Senior Leaving Certificate Examination (including Day School Certificate (Higher) General paper), 1950
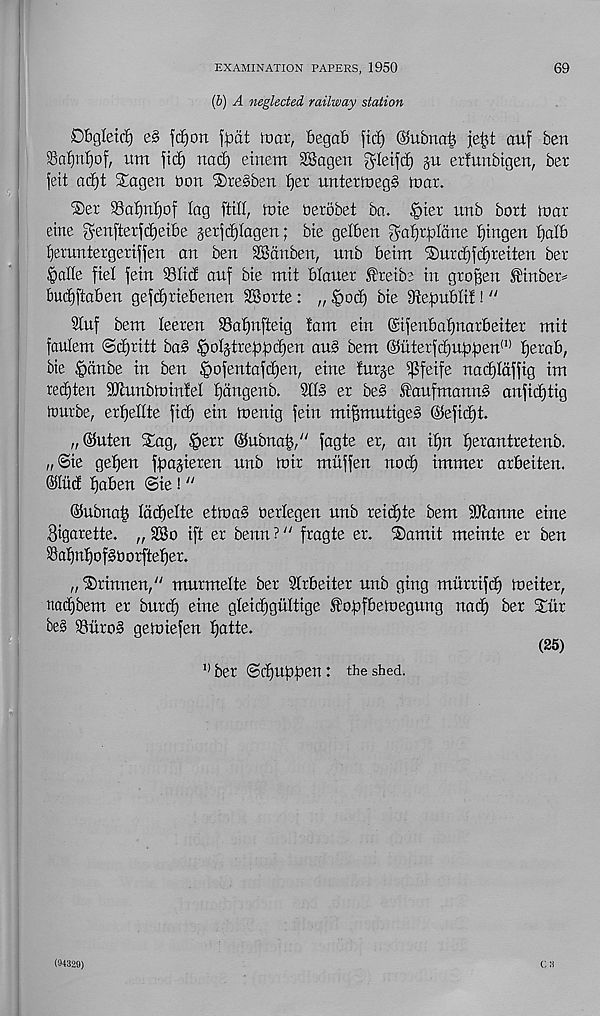
EXAMINATION PAPERS, 1950
69
(b) A neglected railway station
£)bgleid)
fd£)on f|Ddt mar, Begab fief) dfubna| je^t auf ben
S5af)nf)of, um fid) nad) einem SSagen gfeifcf) gu erfunbigen, ber
feit ad)t Sagen Don iSre^ben ffer untermeg^ mar.
®er $8af)nf)of lag fftf, mie Oerobet ba. |)ier unb bort mar
eine ^enfterfdjeibe §erfd)Iagen; bie gefben gafjrpldne fjtugen balb
fjeruntergeriffen an ben SScinben, unb beim ®urd)fd)reiten ber
§alfe fief fein SSfid auf bie mit bfauer £reibe in graven ^inber^
buc^ffaben gefd)riebenen SSorte: „ §od) bie ^efDubfif! “
Sfuf bent feeren SSafjnfteig fam ein (Sifenbafjnarbeiter mit
faulent 8d)ritt ba§ §o%tref)pd)en au§ bent ©iiterfdfuppen' 11 fjerab,
bie |)dnbe in ben £>ofentafd)en, eine furje i^feife nacf)Idffig im
red)ten dJiunbminfel fjdngenb. 9ff§ er be§ ^aufmann^ anfidjtig
tuurbe, erfjelfte fid) ein menig fein mi^mutige^ ©efid^t.
„(3futen Slag, §err ©ubna^/' fagte er, an iffn f»erantretenb.
„ @ie gefjen fpa^ieren unb mir muffen nod) intmer arbeiten.
©liid ^aben <3ie! “
©ubnab fddjefte etmaS oerfegen unb reid)te bem Wanne eine
Cigarette. „ SSo ift er benn ? “ fragte er. Slamit meinte er ben
Safjnfjof^oorftefjer.
„'S5rinnen/ / murmefte ber Wrbeiter unb ging mitrrifd) meiter,
nadjbent er burd) eine gfeid)guftige Sfrrpfbemegung nad) ber Stir
be§ 58uro§ gemiefen ^atte.
(25)
1} ber @d)itbpen: the shed.
(94329)